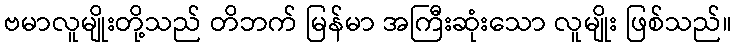
ဗမာလူမျိုးတို့သည် တိဘက် မြန်မာ အကြီးဆုံးသော လူမျိုး ဖြစ်သည်။